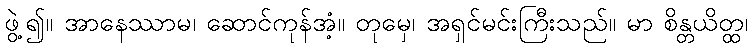
ဖွဲ့၍။ အာနေဿာမ၊ ဆောင်ကုန်အံ့။ တုမှေ၊ အရှင်မင်းကြီးသည်။ မာ စိန္တယိတ္ထ၊